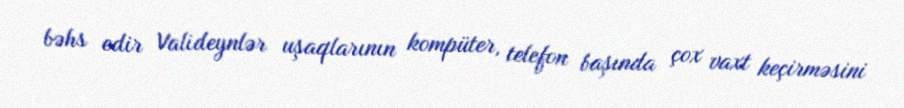
bəhs edir Valideynlər uşaqlarının kompüter, telefon başında çox vaxt keçirməsini